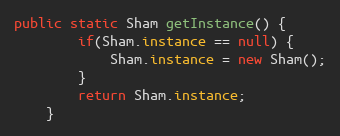
Language: Java
public static Sham getInstance() {
        if(Sham.instance == null) {
            Sham.instance = new Sham();
        }
        return Sham.instance;
    }